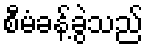
စီမံခန့်ခွဲသည်